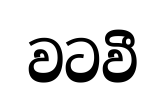
වටවී